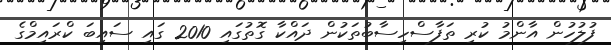
ފުލުހުން އާންމު ކުރި ތަފާސްހިސާބުތަކުން ދައްކާ ގޮތުގައި 2010 ގައި ސައިބަ ކްރައިމްގެ